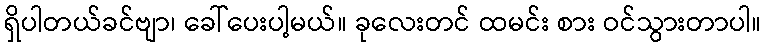
ရှိပါတယ်ခင်ဗျာ၊ ခေါ်ပေးပါ့မယ်။ ခုလေးတင် ထမင်း စား ဝင်သွားတာပါ။